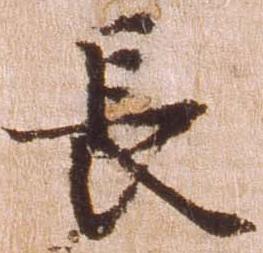
長